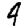
Digit: 4